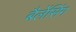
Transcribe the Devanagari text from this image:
बैलेंसिंग